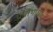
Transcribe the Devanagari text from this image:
प्रतिभाधा